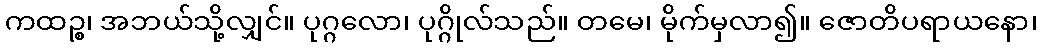
ကထဉ္စ၊ အဘယ်သို့လျှင်။ ပုဂ္ဂလော၊ ပုဂ္ဂိုလ်သည်။ တမေ၊ မိုက်မှလာ၍။ ဇောတိပရာယနော၊